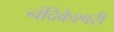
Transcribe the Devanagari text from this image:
नंदिकेश्वरी